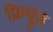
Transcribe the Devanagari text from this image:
फ्रियूड